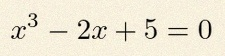
x^3-2x+5=0